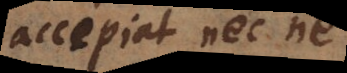
accipiat nec ne.